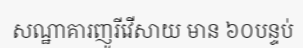
សណ្ឋាគារញូរីវើសាយ មាន ៦០បន្ទប់